Civil Veterinary Department. United Provinces 1923-31 - 1923-1931
Year: 1923
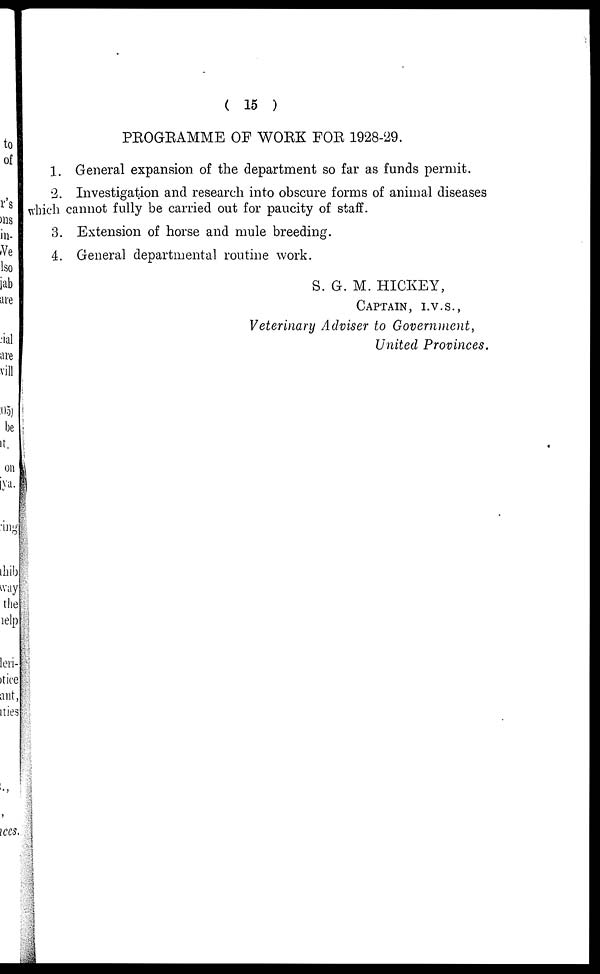
(15)
PROGRAMME OF WORK FOR 1928-29.
1. General expansion of the department so far as funds permit.
2. Investigation and research into obscure forms of animal diseases
which cannot fully be carried out for paucity of staff.
3. Extension of horse and mule breeding.
4. General departmental routine work.
S. G. M. HICKEY,
CAPTAIN, I.V.S.,
Veterinary Adviser to Government,
United Provinces.